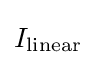
I_{\text{linear}}